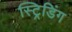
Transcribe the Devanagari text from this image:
स्ट्रिडिंग